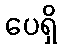
ပေရှိ